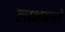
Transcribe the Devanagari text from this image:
लाभवाले